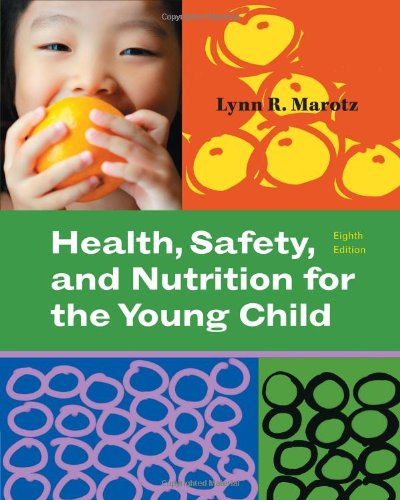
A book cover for Health, Safety, and Nutrition for the Young Child (What's New in Early Childhood); Lynn R Marotz; Parenting & Relationships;